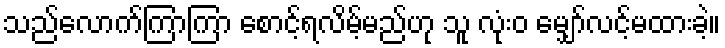
သည်လောက်ကြာကြာ စောင့်ရလိမ့်မည်ဟု သူ လုံးဝ မျှော်လင့်မထားခဲ့။